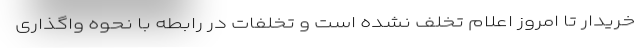
خریدار تا امروز اعلام تخلف نشده است و تخلفات در رابطه با نحوه واگذاری